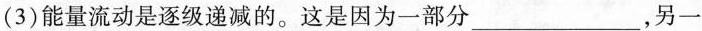
(3)能量流动是逐级递减的。这是因为一部分___，另一